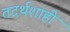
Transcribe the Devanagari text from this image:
तदर्थशाही